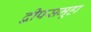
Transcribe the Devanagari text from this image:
द्वीपसमूहा